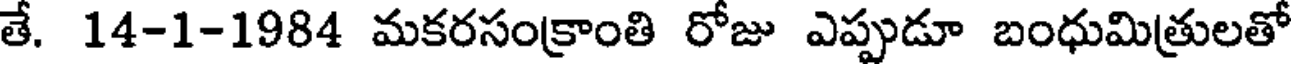
తే. 14-1-1984 మకరసంక్రాంతి రోజు ఎప్పుడూ బంధుమిత్రులతో